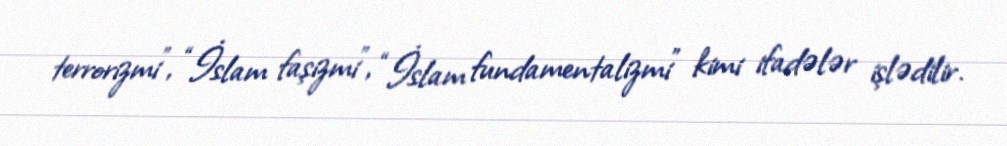
terrorizmi", “İslam faşizmi”, “İslam fundamentalizmi” kimi ifadələr işlədilir.